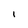
Character: I